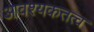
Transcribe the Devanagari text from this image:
आवश्यकतत्व